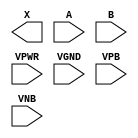
module sky130_fd_sc_hvl__xor2 (
    X   ,
    A   ,
    B   ,
    VPWR,
    VGND,
    VPB ,
    VNB
);

    output X   ;
    input  A   ;
    input  B   ;
    input  VPWR;
    input  VGND;
    input  VPB ;
    input  VNB ;
endmodule